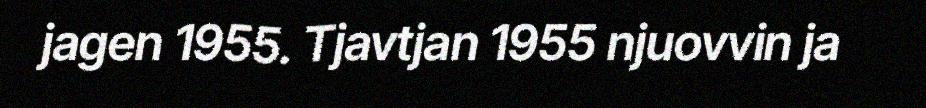
jagen 1955. Tjavtjan 1955 njuovvin ja